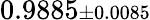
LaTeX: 0.9885{\scriptstyle\pm 0.0085}